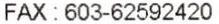
FAX : 603-62592420